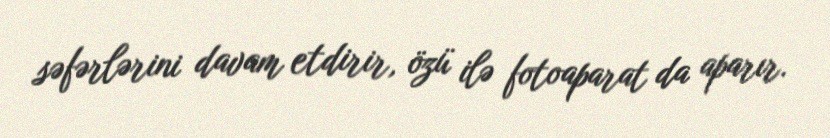
səfərlərini davam etdirir, özü ilə fotoaparat da aparır.